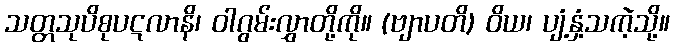
သတ္တသုပိစုပဋလာနိ၊ ဝါဂွမ်းလွှာတို့ကို။ (ဗျာပတိ) ဝိယ၊ ပျံ့နှံ့သကဲ့သို့။